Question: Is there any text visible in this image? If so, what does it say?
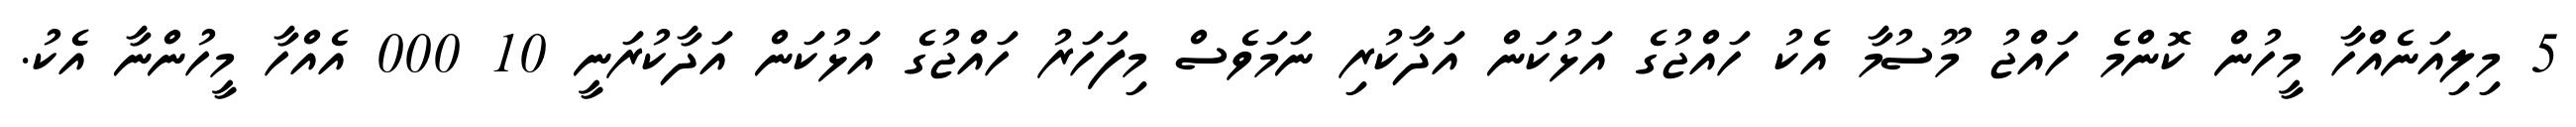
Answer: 5 މިލިއަނެއްހާ މީހުން ކޮންމެ ހައްޖު މޫސުމާ އެކު ހައްޖުގެ އަޅުކަން އަދާކުރި ނަމަވެސް މިފަހަރު ހައްޖުގެ އަޅުކަން އަދާކުރަނީ 10 000 އެއްހާ މީހުންނާ އެކު.